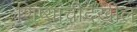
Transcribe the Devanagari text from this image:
शिष्यांचीदेखील